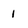
Character: 1